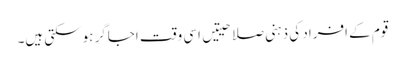
قوم کے افراد کی ذہنی صلاحیتیں اسی وقت اجاگر ہوسکتی ہیں۔